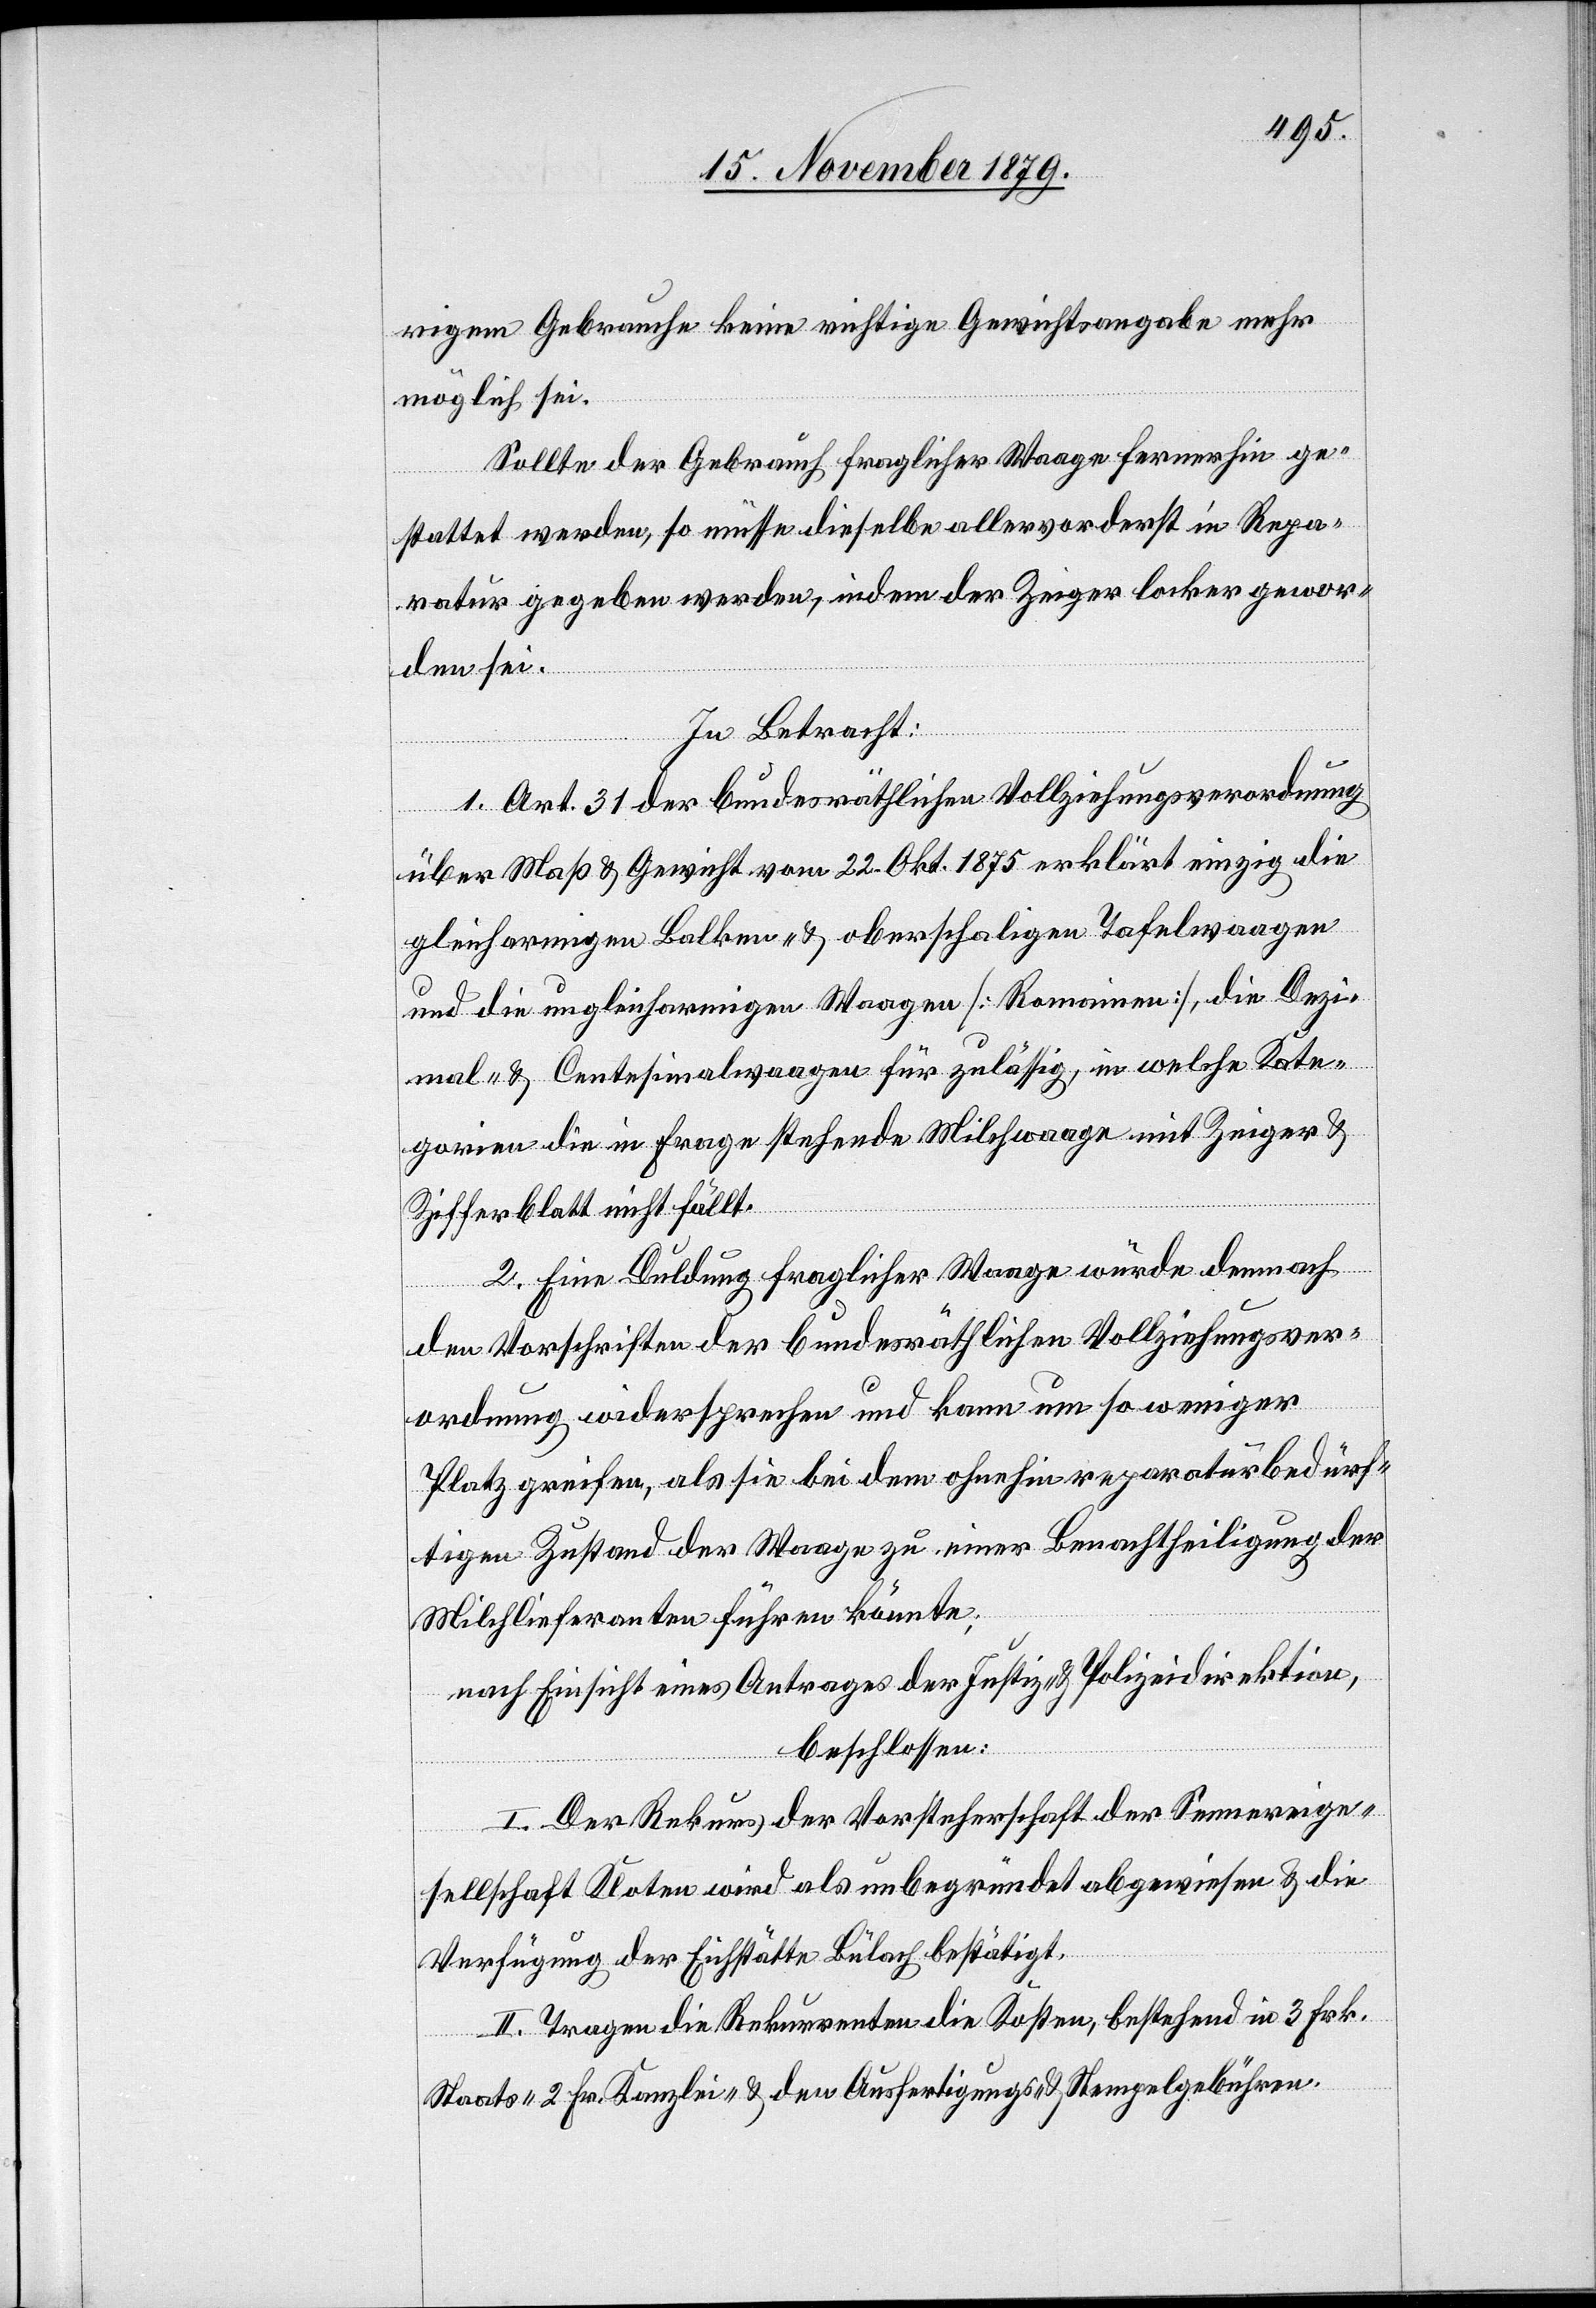
rigem Gebrauche keine richtige Gewichtsangabe mehr
möglich sei.
Sollte der Gebrauch fraglicher Waage fernerhin ge¬
stattet werden, so müsse dieselbe allervorderst in Repa¬
ratur gegeben werden indem der Zeiger locker gewor¬
den sei.
In Betracht:
1. Art. 31 der bundesräthlichen Vollziehungsverordnung
über Maß & Gewicht vom 22. Okt. 1875 erklärt einzig die
gleicharmigen Balken- & oberschaligen Tafelwaagen
und die ungleichformigen Waagen [Romainen], die Dezi¬
mal- & Centesimalwaagen für zulässig, in welche Kate¬
gorien die in Frage stehende Milchwaage mit Zeiger &
Zifferblatt nicht fällt.
2. Eine Duldung fraglicher Waage würde demnach
den Vorschriften der bundesräthlichen Vollziehungsver¬
ordnung wiedersprechen und kann um so weniger
Platz greifen, als sie bei dem ohnehin reparaturbedürf¬
tigen Zustand der Waage zu einer Benachtheiligung der
Milchlieferanten führen könnte;
nach Einsicht eines Antrages der Justiz- & Polizeidirektion,
beschlossen:
I. Der Rekurs der Vorsteherschaft der Sennereige¬
sellschaft Kloten wird als unbegründet abgewiesen & an die
Verfügung der Eichstätte Bülach bestätigt.
II. Tragen die Rekurrenten die Kosten, bestehend in 3 Frk.
Staats- [,] 2 Fr. Kanzlei- & den Ausfertigungs- & Stempelgebühren.